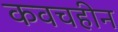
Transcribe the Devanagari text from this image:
कवचहीन